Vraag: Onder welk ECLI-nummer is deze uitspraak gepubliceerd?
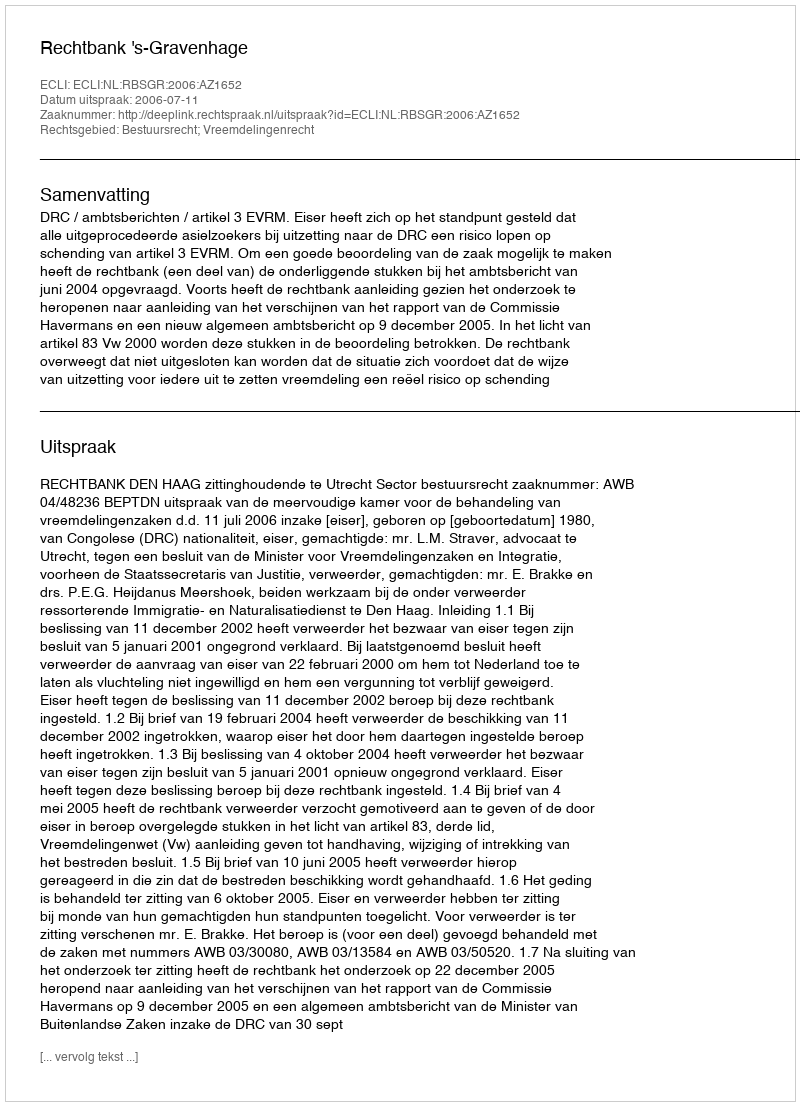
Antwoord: ECLI:NL:RBSGR:2006:AZ1652